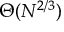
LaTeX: \Theta ( N ^ { 2 / 3 } )